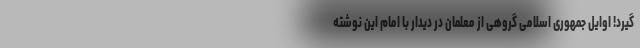
گیرد! اوایل جمهوری اسلامی گروهی از معلمان در دیدار با امام این نوشته